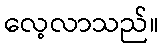
လေ့လာသည်။